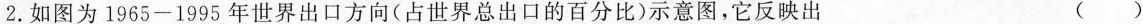
2.如图为1965-1995年世界出口方向（占世界总出口的百分比）示意图，它反映出 ( )